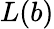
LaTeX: L(b)